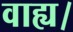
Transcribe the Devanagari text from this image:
वाह्य।